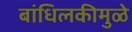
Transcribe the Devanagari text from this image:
बांधिलकीमुळे